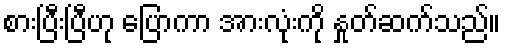
စားပြီးပြီဟု ပြောကာ အားလုံးကို နှုတ်ဆက်သည်။